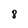
Character: 8